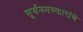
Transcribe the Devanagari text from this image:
सूर्यनमस्कारांचे